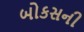
બોકસની